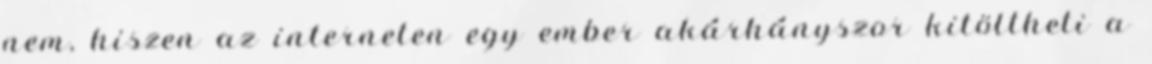
nem, hiszen az interneten egy ember akárhányszor kitöltheti a